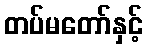
တပ်မတော်နှင့်